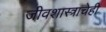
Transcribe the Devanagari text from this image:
जीवशास्त्राचेही